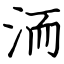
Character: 洏